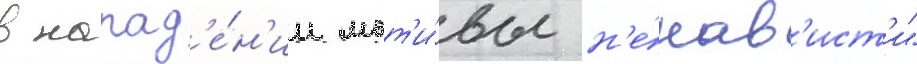
в напад'е́н'ии мот'и́вы н'е́нав'ист'и"